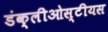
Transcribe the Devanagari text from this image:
डंक्लीओस्टीयस